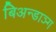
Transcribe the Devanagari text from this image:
बिअन्डाञ्ग